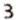
3